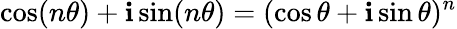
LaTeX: \cos(n\theta)+\mathbf{i}\sin(n\theta)=(\cos\theta+\mathbf{i}\sin\theta)^{n}